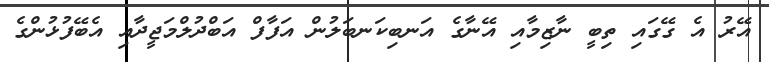
އޭރު އެ ގޭގައި ތިބީ ނާޒިމާއި އޭނާގެ އަނބިކަނބަލުން އަފާފް އަބްދުލްމަޖީދާއި އެބޭފުޅުންގެ